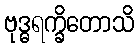
ဗုဒ္ဓရက္ခိတောသိ